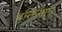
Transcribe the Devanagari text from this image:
भक्तिगान